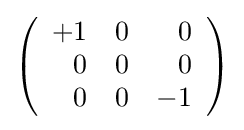
\left({\begin{array}{rrr}+1&0&0\\0&0&0\\0&0&-1\end{array}}\right)